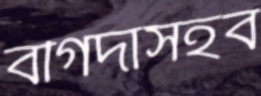
বগিদাসহব